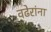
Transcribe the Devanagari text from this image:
वढेरांना